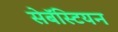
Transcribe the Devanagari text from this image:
सेबॅस्टियन